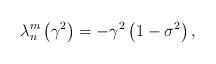
LaTeX: \begin{align*}\lambda_{n}^{m}\left( {\gamma^{2}}\right) =-\gamma^{2}\left( {1-\sigma^{2}}\right) , \end{align*}